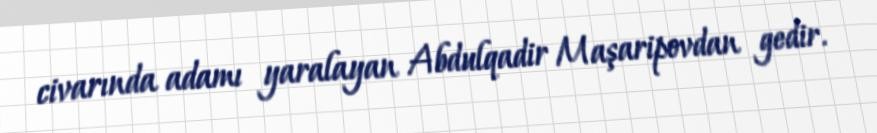
civarında adamı yaralayan Abdulqadir Maşaripovdan gedir.